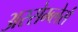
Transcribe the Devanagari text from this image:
अस्सेम्ब्लेर्स